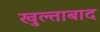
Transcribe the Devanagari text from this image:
खुल्ताबाद